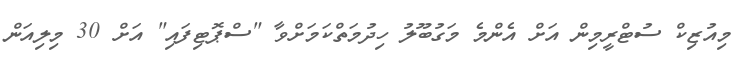
މިއުޒިކް ސުޓްރީމިން އަށް އެންމެ މަގުބޫލު ހިދުމަތްކަމަށްވާ "ސްޕޮޓިފައި" އަށް 30 މިލިއަން